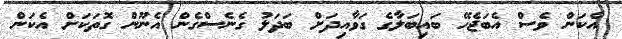
އެކަން ވެސް އެބަޖެހޭ ބައިބަލާގެ ގަވާއިދަށް ބަދަލު ގެނެސްގެން އެނޫން ގޮތަކަށް އެކަން